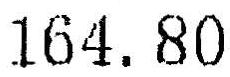
164.80